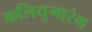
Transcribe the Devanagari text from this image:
कलियुगारंभ